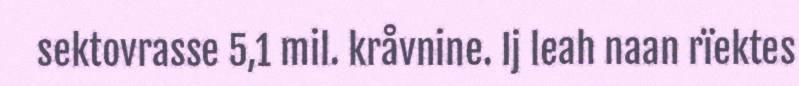
sektovrasse 5,1 mil. kråvnine. Ij leah naan rïektes